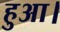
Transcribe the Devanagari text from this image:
हुअा।